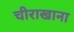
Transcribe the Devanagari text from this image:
चीराखाना